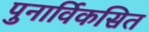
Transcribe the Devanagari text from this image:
पुनार्विकसित